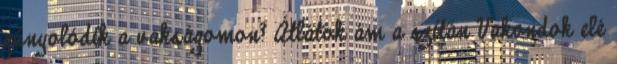
gúnyolódik a vakságomon? Átlátok ám a szitán Vakondok elé